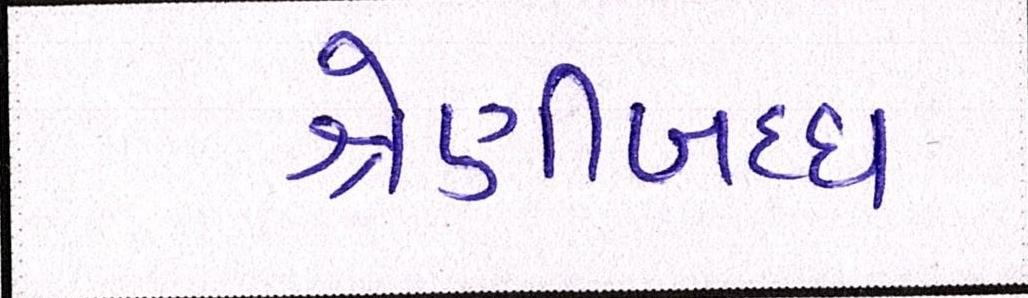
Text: શ્રેણીબધ્ધ